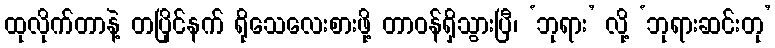
ထုလိုက်တာနဲ့ တပြိုင်နက် ရိုသေလေးစားဖို့ တာဝန်ရှိသွားပြီ၊ ‘ဘုရား’ လို့ ‘ဘုရားဆင်းတု’